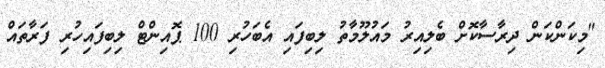
"މިކަންކަން ދިރާސާކޮށް ބެލިއިރު މައުލޫމާތު ލިބިފައި އެބަހުރި 100 ޕޮއިންޓް ލިބިފައިހުރި ފަރާތަައް